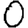
Digit: 0